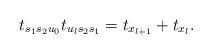
LaTeX: \begin{align*}t_{s_1s_2u_0}t_{u_ls_2s_1}=t_{x_{l+1}}+t_{x_l}.\end{align*}